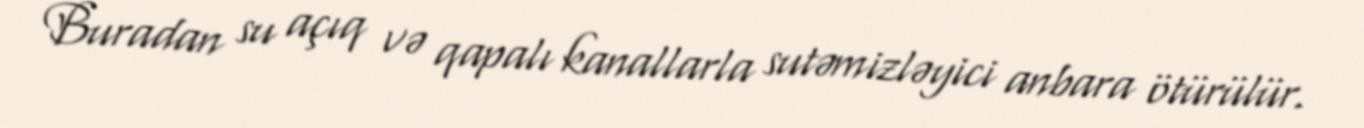
Buradan su açıq və qapalı kanallarla sutəmizləyici anbara ötürülür.